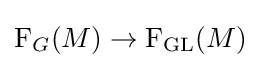
{\mathrm {F} }_{G}(M)\to {\mathrm {F} }_{\mathrm {GL} }(M)